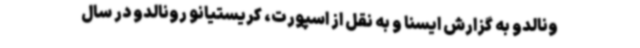
ونالدو به گزارش ایسنا و به نقل از اسپورت، کریستیانو رونالدو در سال